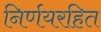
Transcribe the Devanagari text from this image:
निर्णयरहित